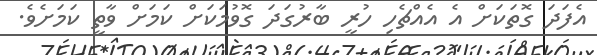
އެފަދަ ގޮތަކަށް އެ އެއްޗެހި ހުރީ ބާރުގަދަ ގޮވުމަކަށް ކަމަށް ވާތީ ކަމަށެވެ.